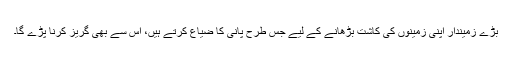
بڑے زمیندار اپنی زمینوں کی کاشت بڑھانے کے لیے جس طرح پانی کا ضیاع کرتے ہیں، اس سے بھی گریز کرنا پڑے گا۔